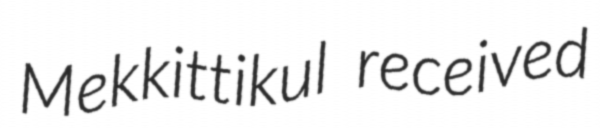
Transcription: Mekkittikul received